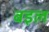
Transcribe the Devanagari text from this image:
बइल